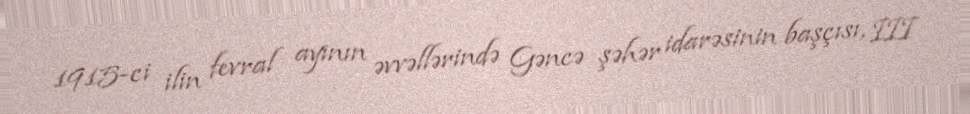
1915-ci ilin fevral ayının əvvəllərində Gəncə şəhər idarəsinin başçısı, III